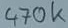
Text: 470k